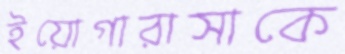
ইয়োগারাসাকে